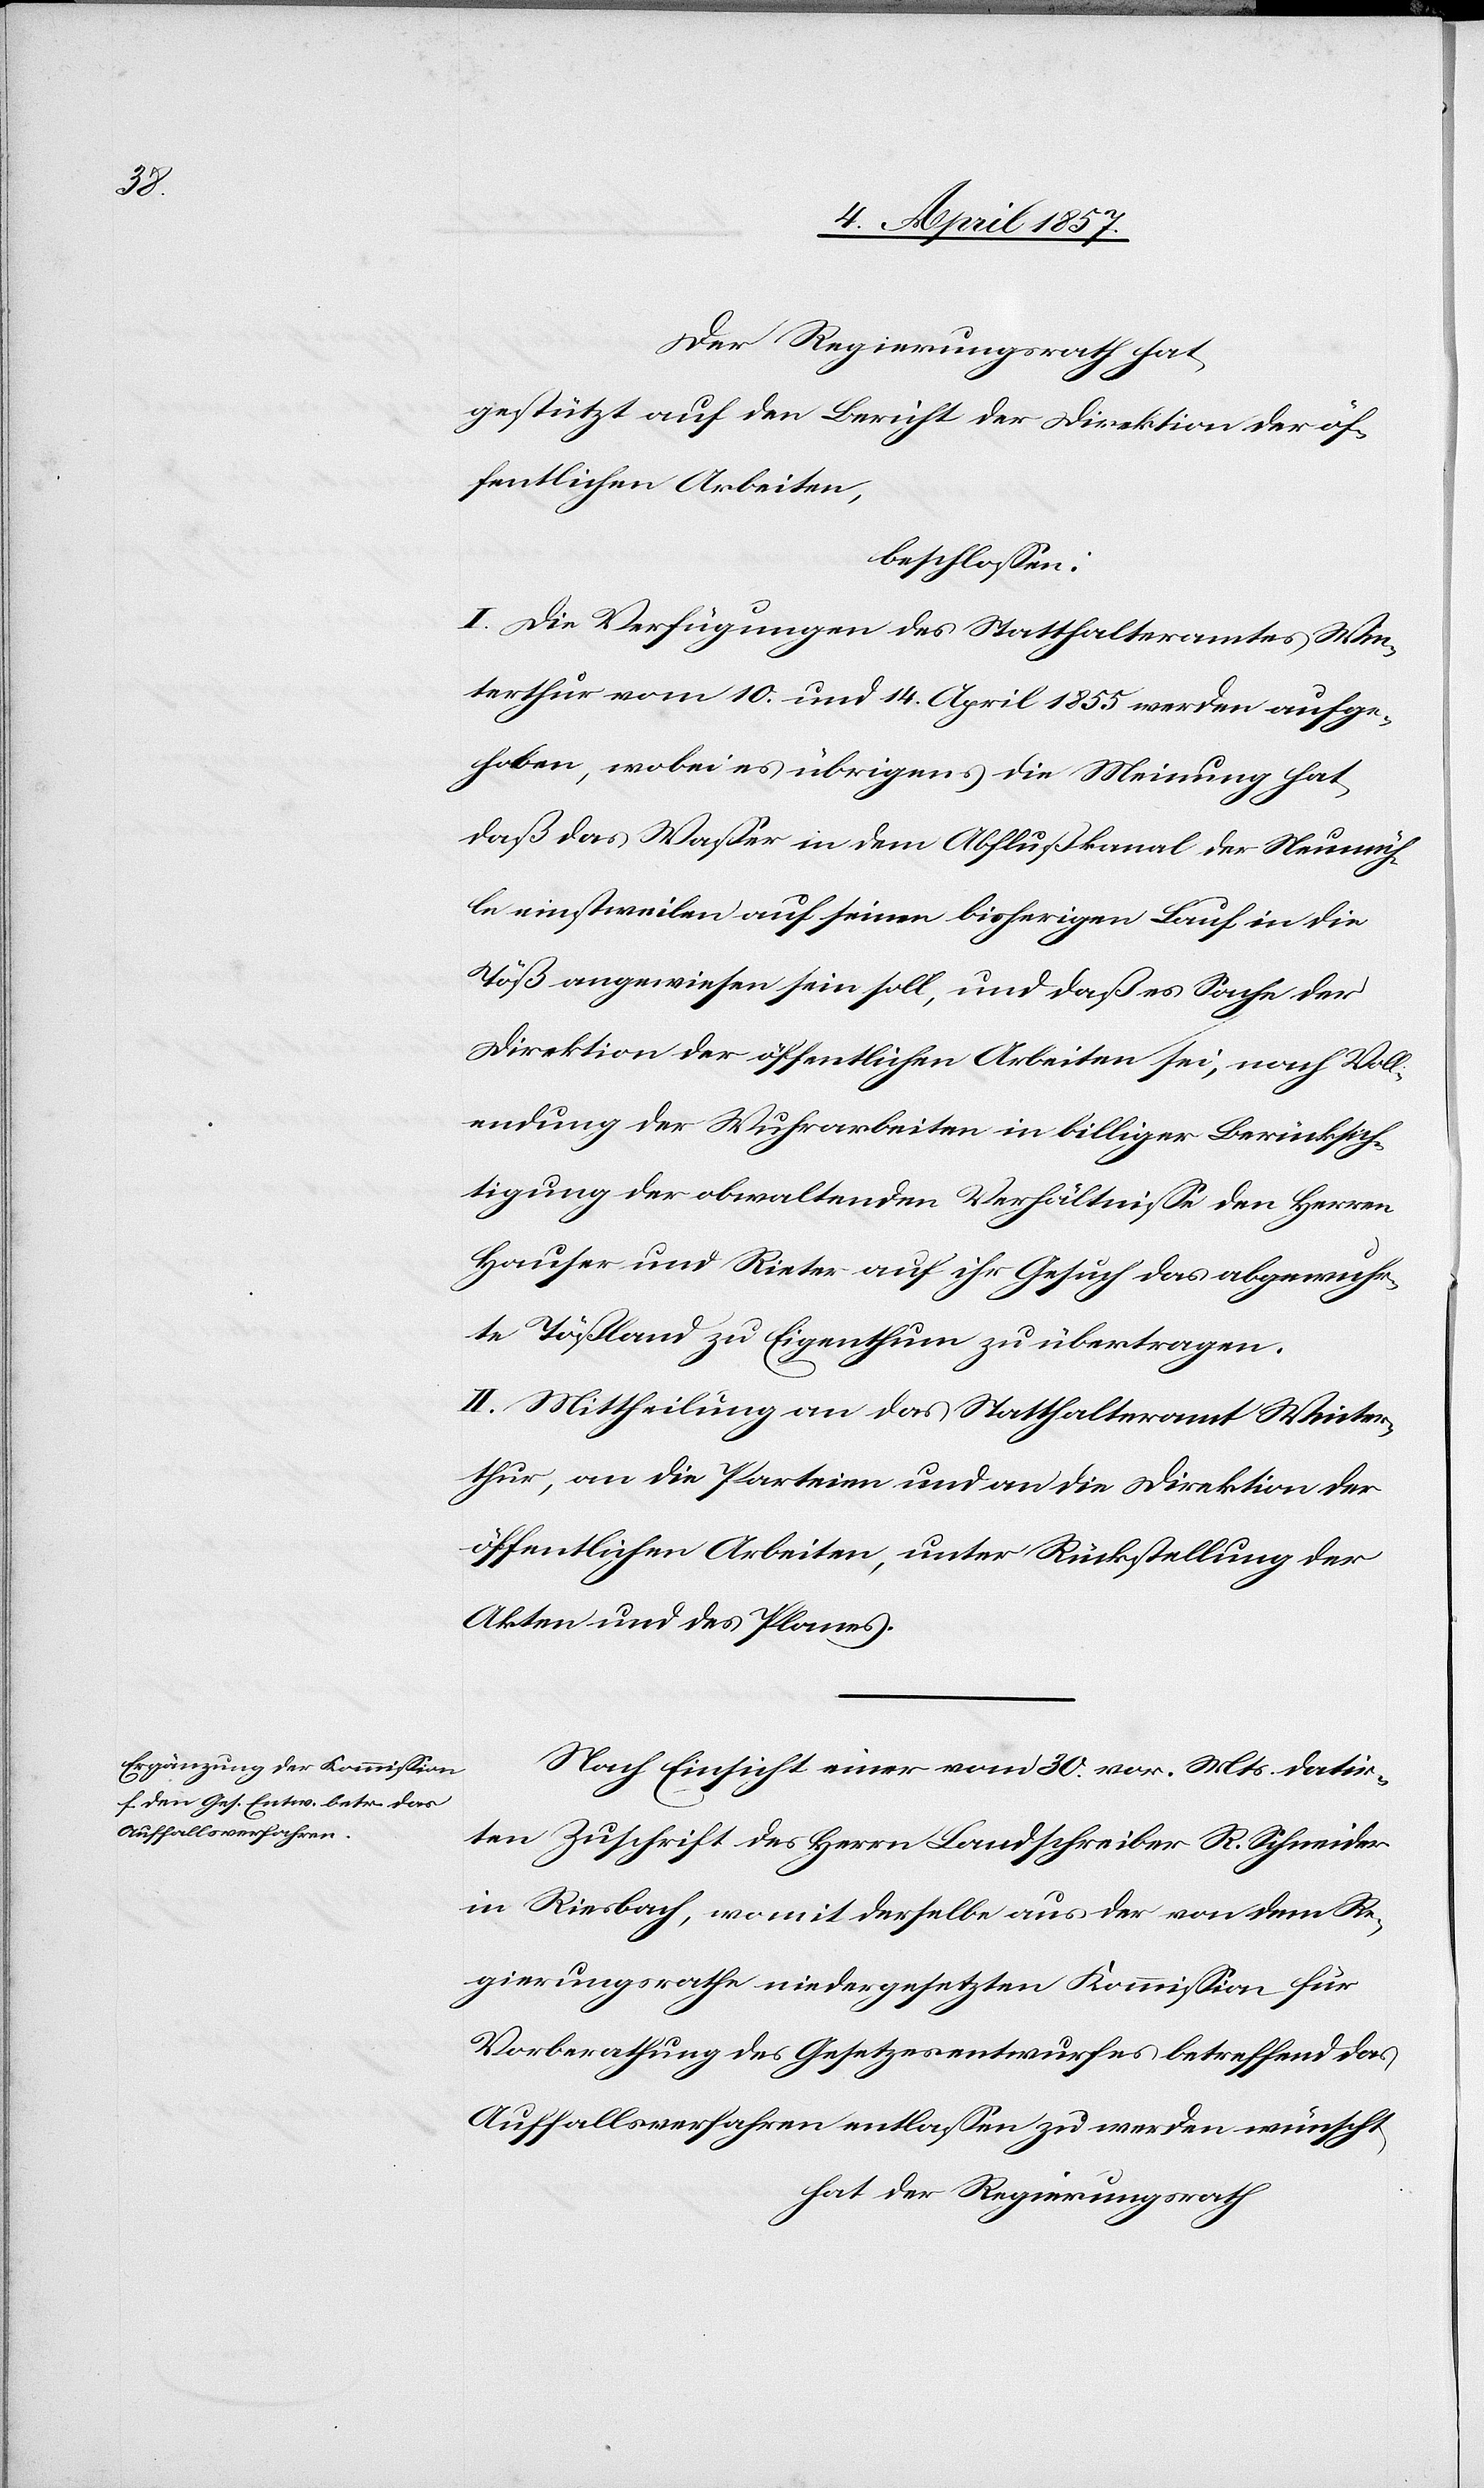
Der Regierungsrath hat
gestützt auf den Bericht der Direktion der öf¬
fentlichen Arbeiten,
beschlossen:
I. Die Verfügungen des Statthalteramtes Win¬
terthur vom 10. und 14. April 1855 werden aufge¬
hoben, wobei es übrigens die Meinung hat,
daß das Wasser in dem Abflußkanal der Neumüh¬
le einstweilen auf seinen bisherigen Lauf in die
Töß angewiesen sein soll, und daß es Sache der
Direktion der öffentlichen Arbeiten sei, nach Voll¬
endung der Wuhrarbeiten in billiger Berücksich¬
tigung der obwaltenden Verhältnisse den Herren
Hauser und Rieter auf ihr Gesuch das abgewuhr¬
te Tößland zu Eigenthum zu übertragen.
II. Mittheilung an das Statthalteramt Winter¬
thur, an die Parteien und an die Direktion der
öffentlichen Arbeiten, unter Rückstellung der
Akten und des Planes.
Nach Einsicht einer vom 30. vor. Mts. datir¬
ten Zuschrift des Herrn Landschreiber R. Schneider
in Riesbach, womit derselbe aus der von dem Re¬
gierungsrathe niedergesetzten Kommission für
Vorberathung des Gesetzesentwurfes betreffend das
Auffallsverfahren entlassen zu werden wünscht
hat der Regierungsrath